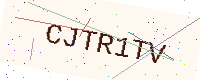
Text: CJTR1TV